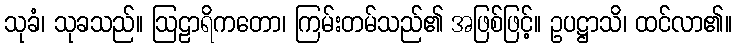
သုခံ၊ သုခသည်။ ဩဠာရိကတော၊ ကြမ်းတမ်သည်၏ အဖြစ်ဖြင့်။ ဥပဋ္ဌာသိ၊ ထင်လာ၏။